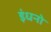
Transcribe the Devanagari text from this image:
इंधनो